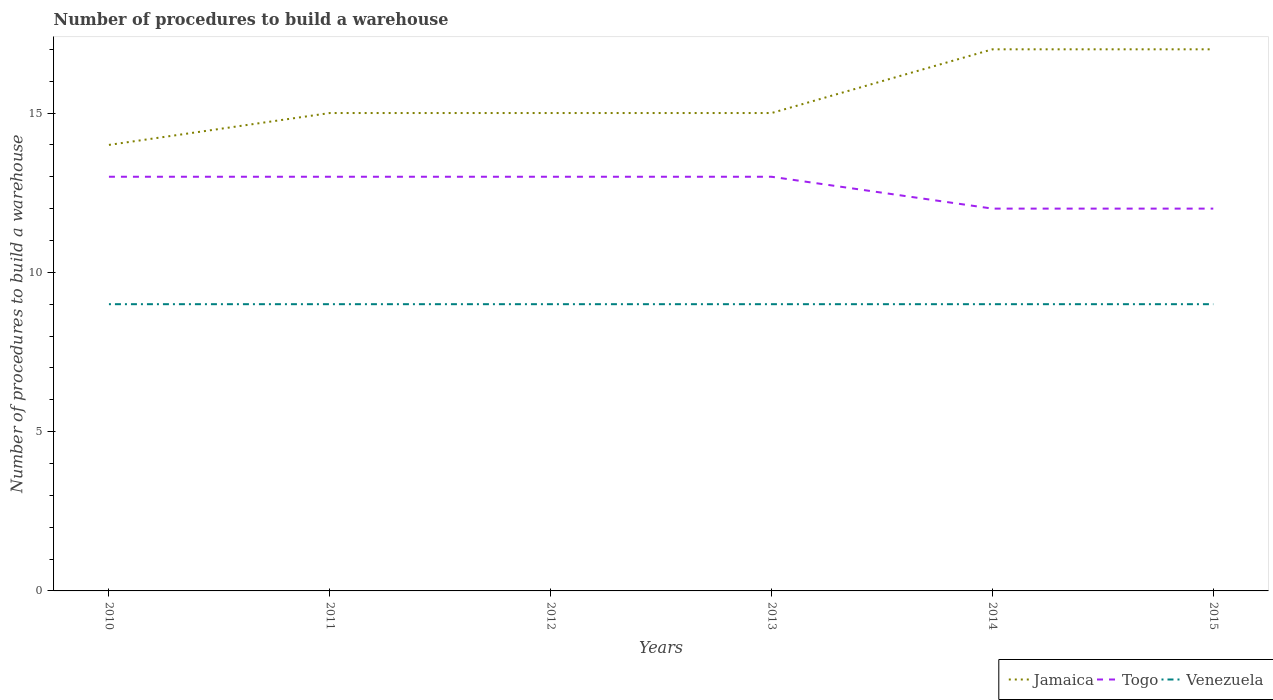
| Years | Jamaica | Togo | Venezuela |
 | --- | --- | --- | --- |
 | 2010 | 14 | 13 | 9 |
 | 2011 | 15 | 13 | 9 |
 | 2012 | 15 | 13 | 9 |
 | 2013 | 15 | 13 | 9 |
 | 2014 | 17 | 12 | 9 |
 | 2015 | 17 | 12 | 9 |